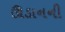
ઊડાનની